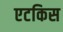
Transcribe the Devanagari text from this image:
एटकिस